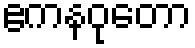
ဧကနဝုတော